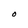
Character: O